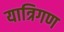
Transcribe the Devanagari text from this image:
यात्रिगण